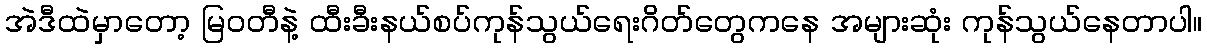
အဲဒီထဲမှာတော့ မြဝတီနဲ့ ထီးခီးနယ်စပ်ကုန်သွယ်ရေးဂိတ်တွေကနေ အများဆုံး ကုန်သွယ်နေတာပါ။